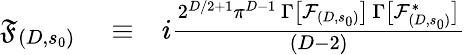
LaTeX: \begin{array}{rlr}{\mathfrak{F}_{(D,s_{0})}}&{{}\equiv}&{i\frac{2^{D/2+1}\pi^{D-1}\ \Gamma\big[\mathcal{F}_{(D,s_{0})}\big]\, \Gamma\big[\mathcal{F}_{(D,s_{0})}^{*}\big]}{(D-2)}}\end{array}